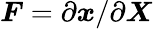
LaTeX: \boldsymbol F=\partial\boldsymbol x/\partial\boldsymbol X